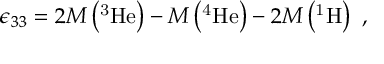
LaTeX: \epsilon _ { 3 3 } = 2 M \left( \mathrm { ^ 3 H e } \right) - M \left( \mathrm { ^ 4 H e } \right) - 2 M \left( \mathrm { ^ 1 H } \right) ~ ,